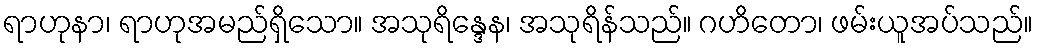
ရာဟုနာ၊ ရာဟုအမည်ရှိသော။ အသုရိန္ဒေန၊ အသုရိန်သည်။ ဂဟိတော၊ ဖမ်းယူအပ်သည်။